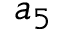
a _ { 5 }